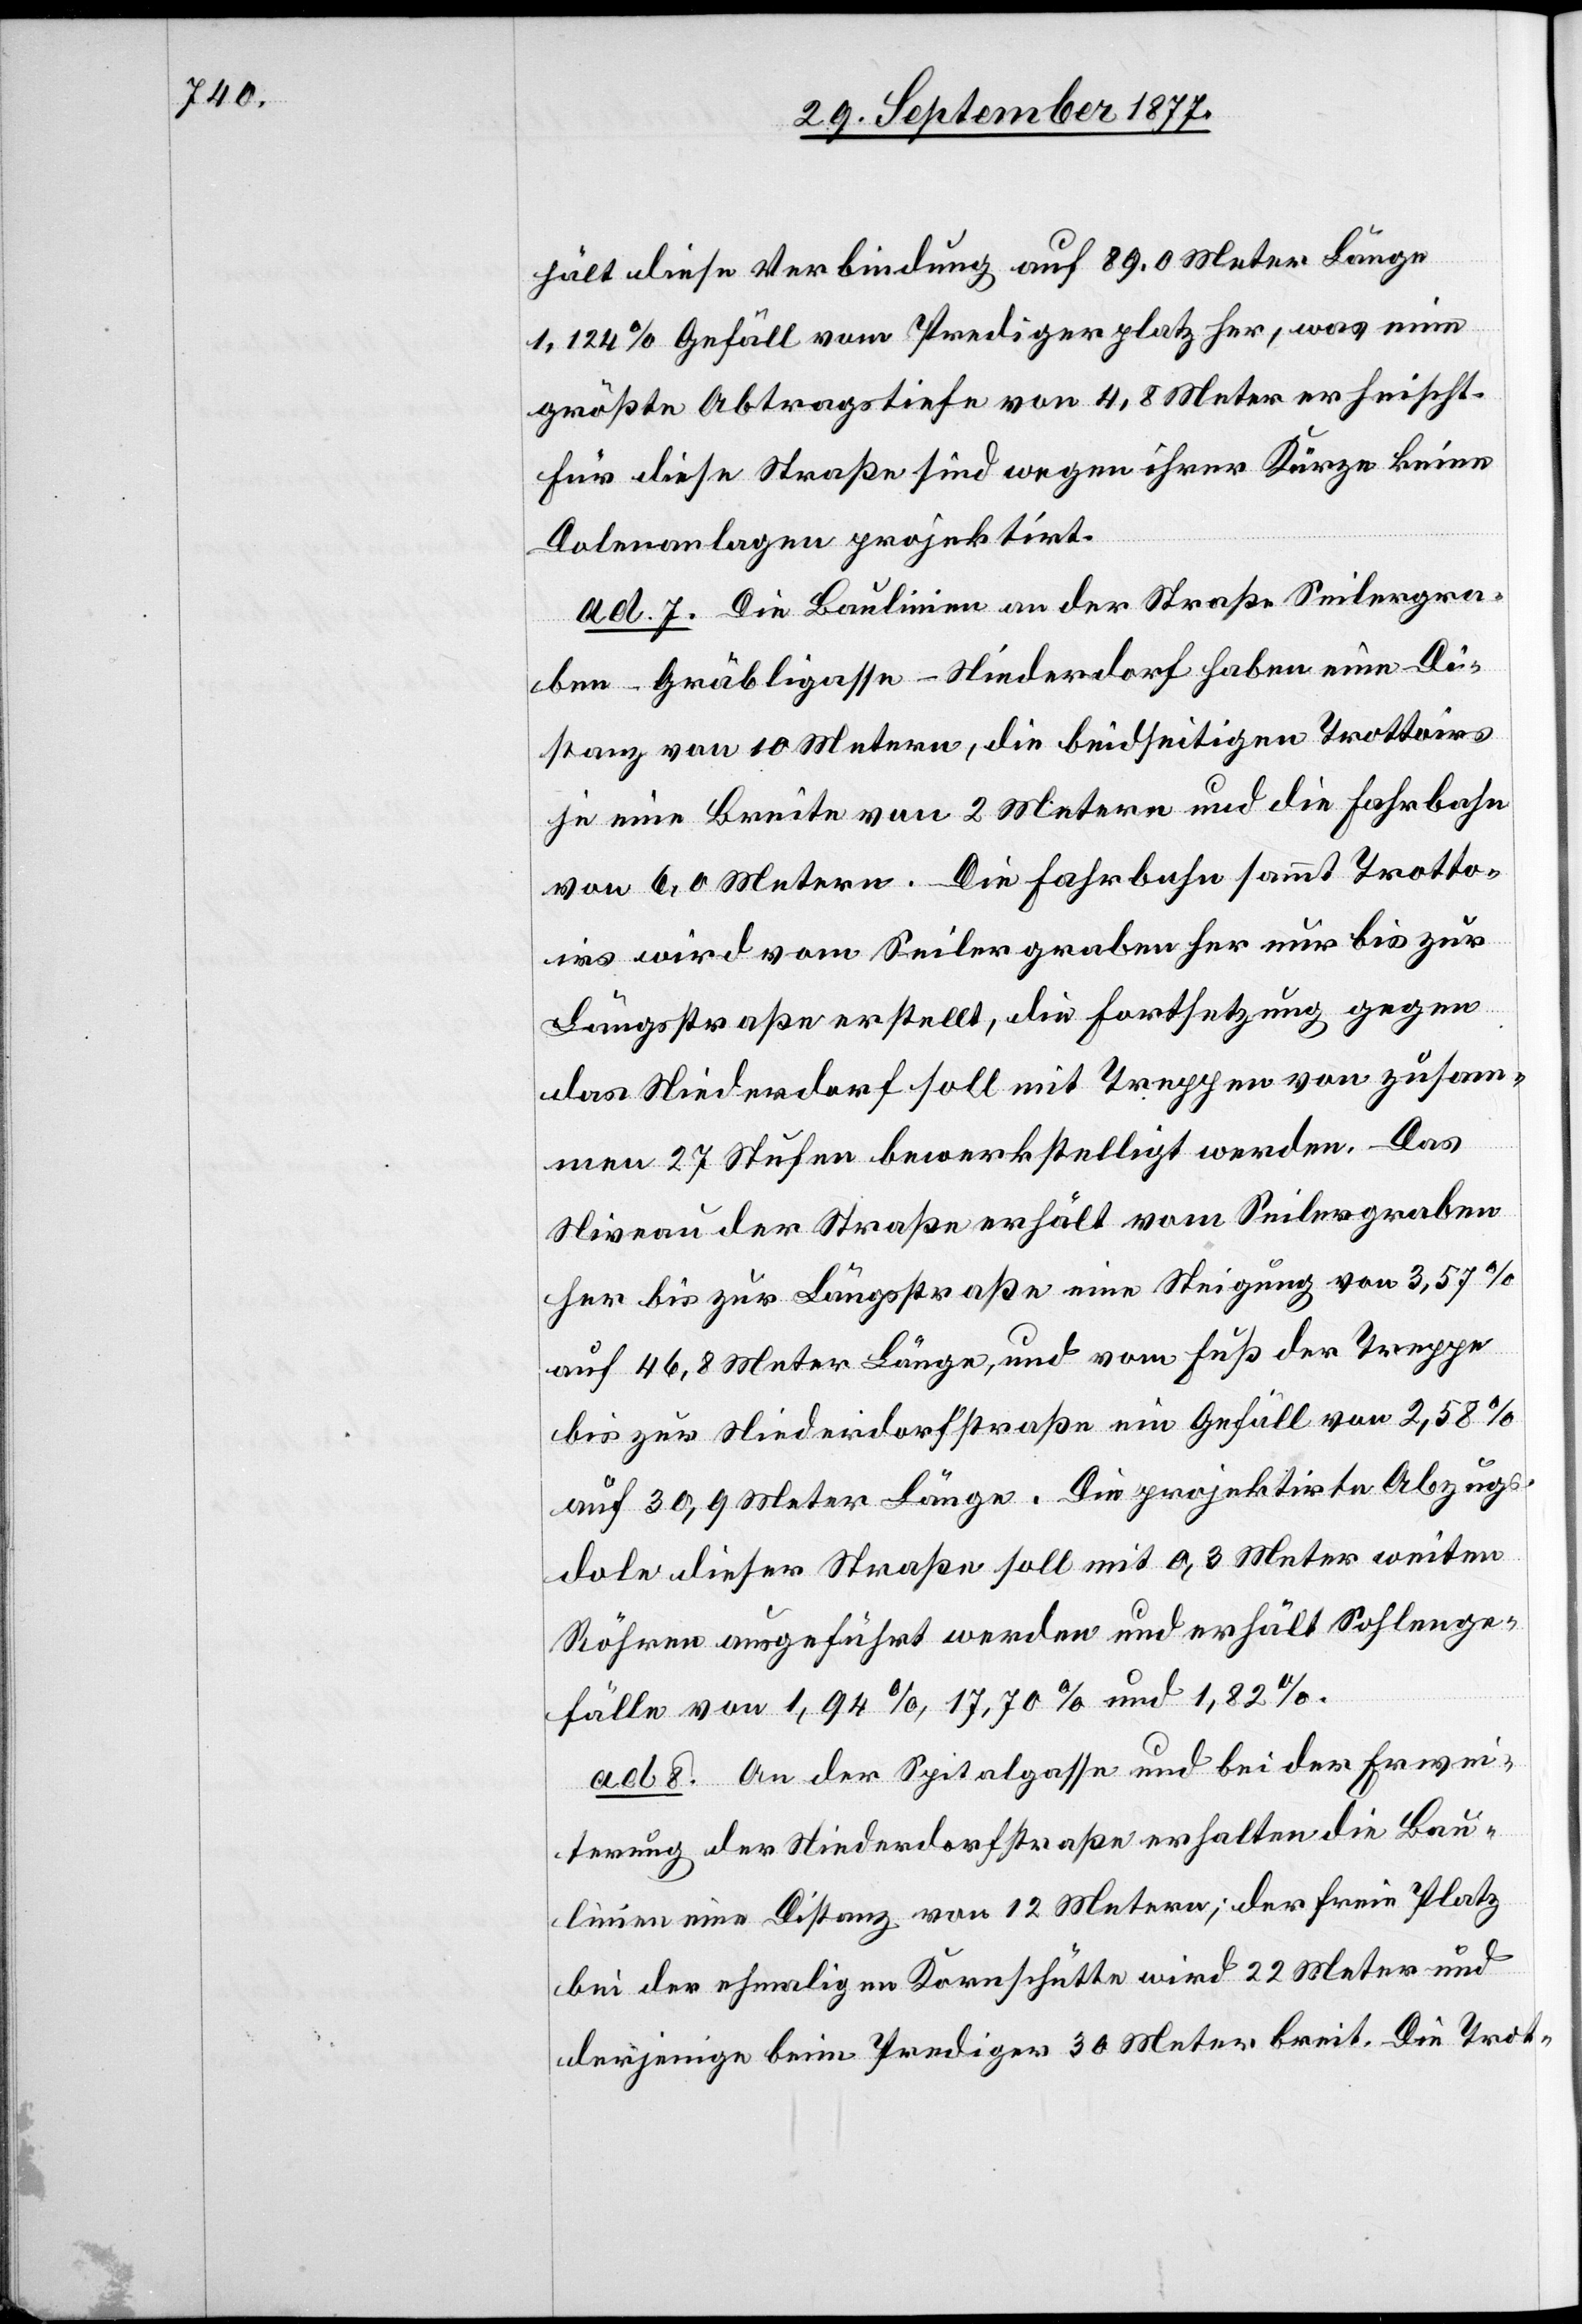
hält diese Verbindung auf 89,0 Meter Länge
1,124 % Gefäll vom Predigerplatz her, was eine
größte Abtragstiefe von 4,8 Meter erheischt.
Für diese Straße sind wegen ihrer Kürze keine
Dolenanlagen projektirt.
ad 7. Die Baulinien an der Straße Seilergra¬
ben–Gräbligasse–Niederdorf haben eine Di¬
stanz von 10 Metern, die beidseitigen Trottoirs
je eine Breite von 2 Metern und die Fahrbahn
von 6,0 Metern. – Die Fahrbahn sammt Trotto¬
irs wird vom Seilergraben her nur bis zur
Längsstraße erstellt, die Fortsetzung gegen
das Niederdorf soll mit Treppen von zusam¬
men 27 Stufen bewerkstelligt werden. Das
Niveau der Straße erhält vom Seilergraben
her bis zur Längsstraße eine Steigung von 3,57 %
auf 46,8 Meter Länge, und vom Fuß der Treppe
bis zur Niederdorfstraße ein Gefäll von 2,58 %
auf 30,9 Meter Länge. Die projektirte Abzugs¬
dole dieser Straße soll mit 0,3 Meter weiten
Röhren ausgeführt werden und erhält Sohlenge¬
fälle von 1,94 %, 17,70 % und 1,82 %.
ad 8. An der Spitalgasse und bei der Erwei¬
terung der Niederdorfstraße erhalten die Bau¬
linien eine Distanz von 12 Metern; der freie Platz
bei der ehmaligen Kornschütte wird 22 Meter und
derjenige beim Prediger 30 Meter breit. Die Trot-